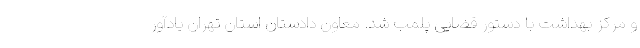
و مرکز بهداشت با دستور قضایی پلمب شد. معاون دادستان استان تهران یادآور